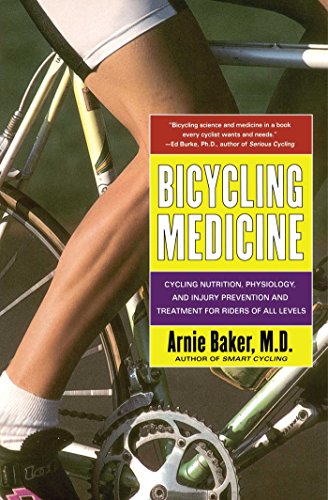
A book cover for Bicycling Medicine: Cycling Nutrition, Physiology, Injury Prevention and Treatment For Riders of All Levels; Arnie Baker; Health, Fitness & Dieting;